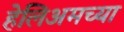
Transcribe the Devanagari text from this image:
हेलिअमच्या